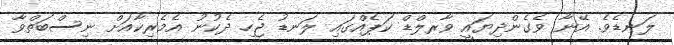
ލަނޑެވެ. އޭނާ ވެގެންދިޔައީ ވާރލްޑް ކަޕެއްގައި ލަނޑު ޖެހި ދެކުނު އެމެރިކާއަށް ނިސްބަތްވާ